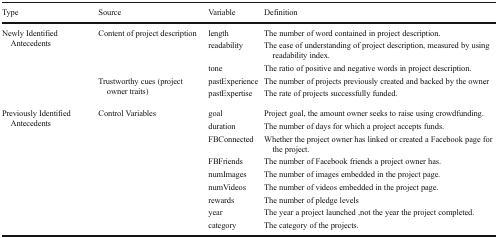
<table><thead><tr><td><b>Type</b></td><td><b>Source</b></td><td><b>Variable</b></td><td><b>Definition</b></td></tr></thead><tbody><tr><td rowspan="5">Newly Identified Antecedents</td><td rowspan="3">Content of project description</td><td>length</td><td>The number of word contained in project description.</td></tr><tr><td>readability</td><td>The ease of understanding of project description, measured by using readability index.</td></tr><tr><td>tone</td><td>The ratio of positive and negative words in project description.</td></tr><tr><td rowspan="2">Trustworthy cues (project owner traits)</td><td>pastExperience</td><td>The number of projects previously created and backed by the owner</td></tr><tr><td>pastExpertise</td><td>The rate of projects successfully funded.</td></tr><tr><td rowspan="9">Previously Identified Antecedents</td><td rowspan="9">Control Variables</td><td>goal</td><td>Project goal, the amount owner seeks to raise using crowdfunding.</td></tr><tr><td>duration</td><td>The number of days for which a project accepts funds.</td></tr><tr><td>FBConnected</td><td>Whether the project owner has linked or created a Facebook page for the project.</td></tr><tr><td>FBFriends</td><td>The number of Facebook friends a project owner has.</td></tr><tr><td>numImages</td><td>The number of images embedded in the project page.</td></tr><tr><td>numVideos</td><td>The number of videos embedded in the project page.</td></tr><tr><td>rewards</td><td>The number of pledge levels</td></tr><tr><td>year</td><td>The year a project launched ,not the year the project completed.</td></tr><tr><td>category</td><td>The category of the projects.</td></tr></tbody></table>